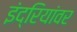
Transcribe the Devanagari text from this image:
इंद्रियांवर